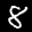
Label: 8